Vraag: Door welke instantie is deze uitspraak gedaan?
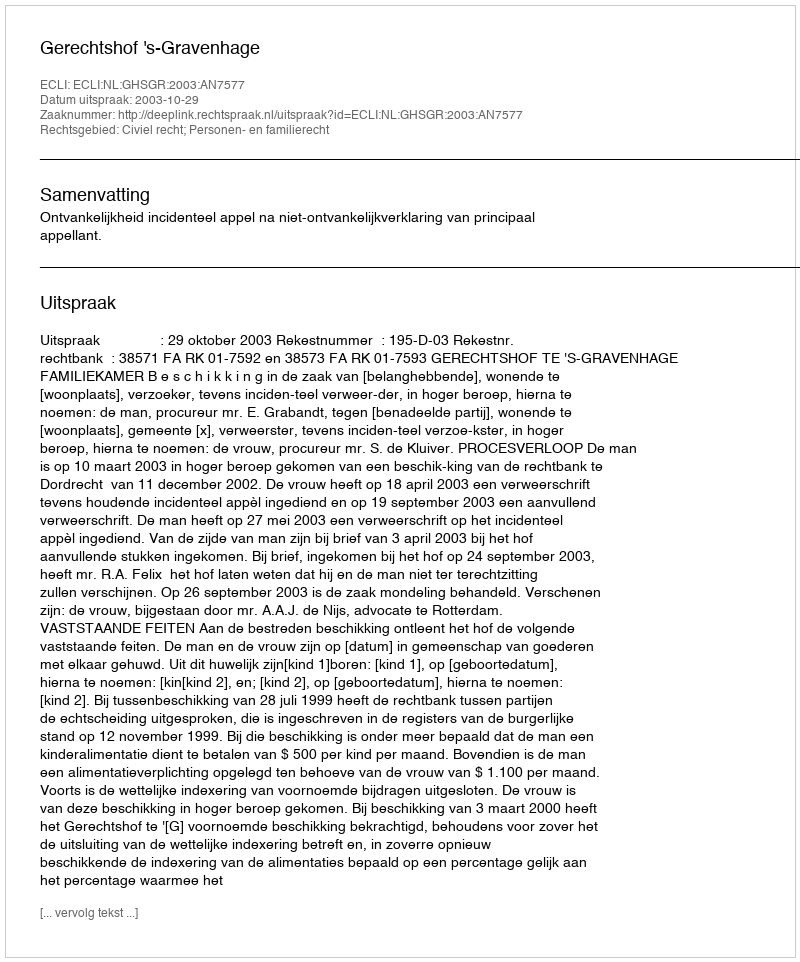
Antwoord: Gerechtshof 's-Gravenhage